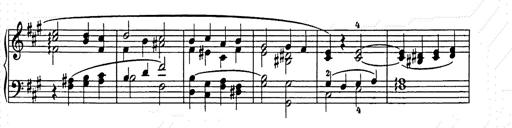
Title: Weihnachtsbaum
Composer: Franz Liszt